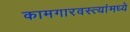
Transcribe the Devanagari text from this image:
कामगारवस्त्यांमध्ये